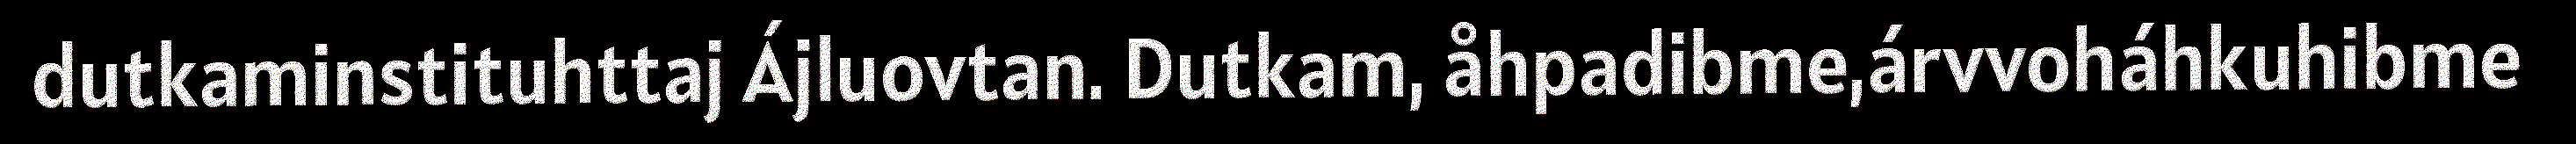
dutkaminstituhttaj Ájluovtan. Dutkam, åhpadibme,árvvoháhkuhibme